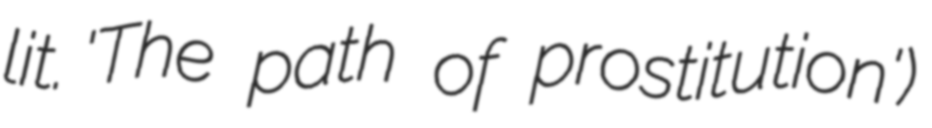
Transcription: lit. 'The path of prostitution')